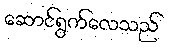
ဆောင်ရွက်လေသည်